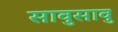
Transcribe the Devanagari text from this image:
सावुसावु